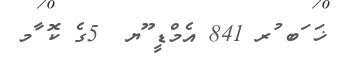
ޚަ ަބ ުރ 841 އެމްޑީ ޫޔ  5ގެ ކޮ ާމ